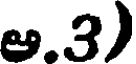
ఆ.3)